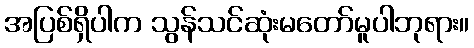
အပြစ်ရှိပါက သွန်သင်ဆုံးမတော်မူပါဘုရား။